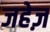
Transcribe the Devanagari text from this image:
जहेज़